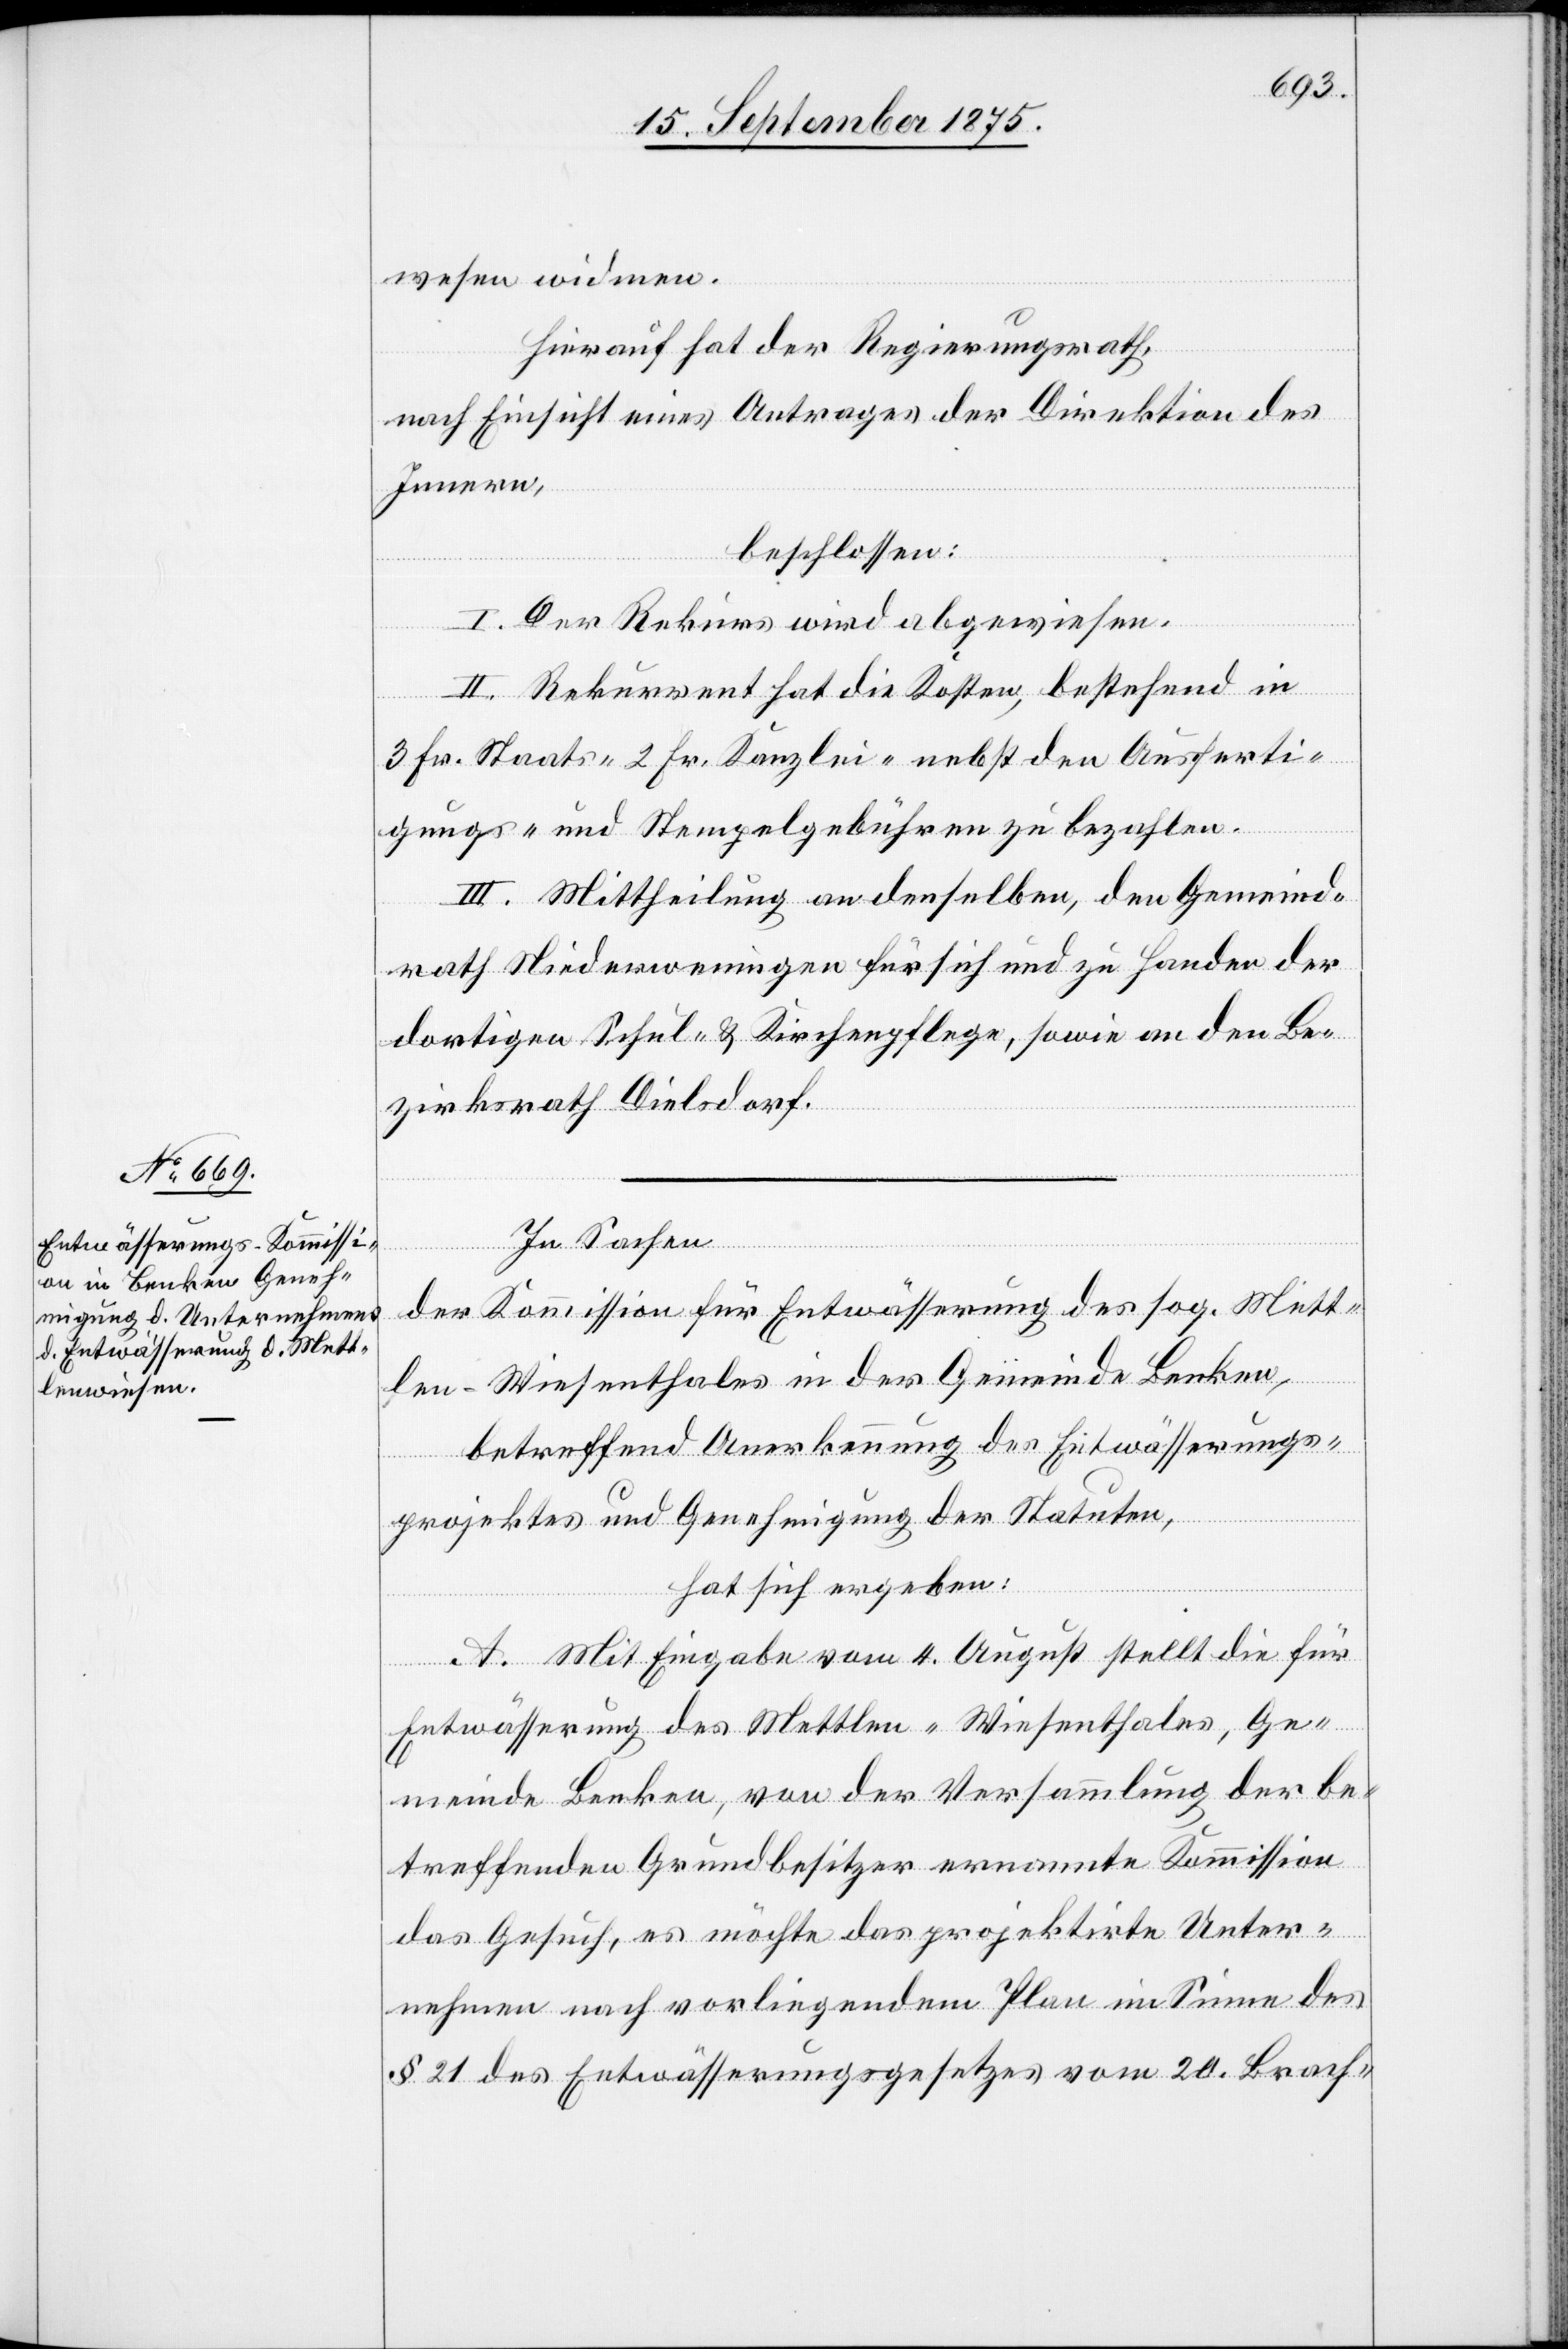
wesen widmen.
Hierauf hat der Regierungsrath,
nach Einsicht eines Antrages der Direktion des
Innern,
beschlossen:
I. Der Rekurs wird abgewiesen.
II. Rekurrent hat die Kosten, bestehend in
3 Fr. Staats- 2 Fr. Kanzlei- nebst den Ausferti¬
gungs- und Stempelgebühren zu bezahlen.
III. Mittheilung an denselben, den Gemeind¬
rath Niederweningen für sich und zu Handen der
dortigen Schul- & Kirchenpflege, sowie an den Be¬
zirksrath Dielsdorf.
In Sachen
der Kommission für Entwässerung der sog. Mett¬
len-Wiesenthales in der Gemeinde Benken,
betreffend Anerkennung des Entwässerungs¬
projektes und Genehmigung der Statuten,
hat sich ergeben:
A. Mit Eingabe vom 4. August stellt die für
Entwässerung des Mettlen-Wiesenthales, Ge¬
meinde Benken, von der Versammlung der be¬
treffenden Grundbesitzer ernannte Kommission
das Gesuch, es möchte das projektirte Unter¬
nehmen nach vorliegendem Plan im Sinne des
§ 21 des Entwässerungsgesetzes vom 20. Brach-